Investigations on Bengal jail dietaries - Number 37
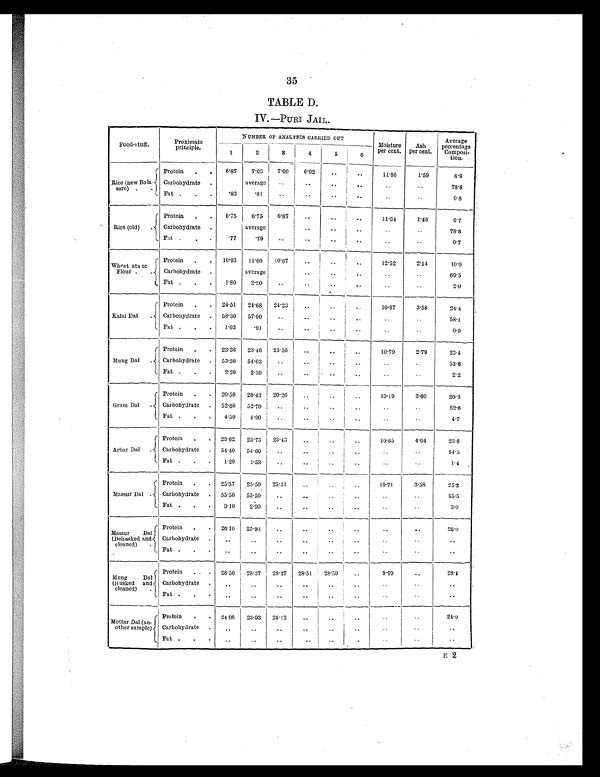
35
TABLE D.
IV.—PURI JAIL.
Foods-tuff.
Proximate
principle.
NUMBER OF ANALYSES CARRIED OUT
Moisture
per cent.
Ash
per cent.
Average
percentage
Composi-
tion.
1
2
3
4
5
6
Rice (new Bala
sore)
. .
Protein . . 6.87 7.03
7.00
6.92
. .
..
11.86
1.59
6.9
Carbohydrate
. .
average ..
..
.. .. .. ..
78.8
Fat .
. . .83
. 8 1 ..
..
..
..
..
0.8
Rice (old) . .
Protein
. . 6.75
6.75 6.87
.. .. ..
11.34
1.46
67
Carbohydrate .
average
..
..
..
..
..
..
78.8
Fat .
.
.77
. 7 9 ..
..
.. ..
..
..
0.7
Wheat ata or
Flour
. .
Protein . . 10.93 11.00 10.87
.. ..
..
12.52
2.14
10.9
Carbohydrate .
average
..
.. .. .. ..
69.5
Fat . . .
1.80
2.20
.. .. .. ..
..
..
2.0
Kalai Dal .
Protein . . 24.51 24.68 24.23
.. .. ..
10.67
3.58
24.4
Carbohydrate . 58.30 57.90
.. .. ..
..
..
..
58.1
Fat . . . 1.03
. 9 1
.. .. ..
..
..
..
0.9
M u n g D a l
.
Protein . . 23.36 23.46 23.50
..
..
..
10.70
2.79
23.1
Carbohydrate . 53.30 54.03
..
..
.. .. ..
..
53.6
Fat . . . 2.20
2.30
..
..
.. ..
..
..
2.2
Gram Dal .
Protein .
. 20.50 20.43 20.26
..
..
..
10.19
3.60
20.3
Carbohydrate . 52.60 52.70
..
.. .. ..
..
..
5 2 . 6
Fat . . . 4.50
4.90
..
..
..
..
..
..
4.7
Arhar Dal .
.
Protein .. 23.62 23.75 23.43
.. .. ..
10.65
4.64
23.6
Carbohydrate . 54.40 54.60
..
..
.. ..
..
..
54.5
Fat . .
1.29
1.53
..
..
..
..
.. ..
1.4
Massur Dal .
Protein .
. 25.37 25.50 25.31
..
..
..
10.71
3.58
2 5 . 3
Carbohydrate . 55.50 55.50
.. .. .. .. ..
..
55.5
Fat . .
. 3.10
2.90
..
..
.. .. ..
..
3.0
Massur Dal
(Dehusked and
cleaned) .
Protein .
26.10 25.93
..
.. .. .. ..
..
26.0
Carbohydrate .
..
..
..
..
.. ..
..
..
..
Fat. . .
..
..
..
.. .. .. .. .. ..
M u n g D a l
( H u s k e d a n d
cleaned)
Protein . . . 28.50 28.37 28.37 28.51 28.50
..
9 . 9 9
. . 28.4
Carbohydrate .
..
..
..
..
..
. .
. .
. .
. .
Fat . . .
..
..
..
..
. .
..
..
..
. .
Mottar Dal (an-
other sample)
Protein .
. 24.06 23.93 24.12
..
. .
. .
..
. . 24.0
Carbohydrate .
..
..
..
..
. .
. .
..
..
..
Fat . .
.
..
..
..
..
.. ..
..
. . ..
F 2